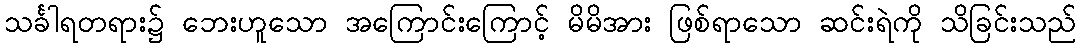
သင်္ခါရတရား၌ ဘေးဟူသော အကြောင်းကြောင့် မိမိအား ဖြစ်ရာသော ဆင်းရဲကို သိခြင်းသည်